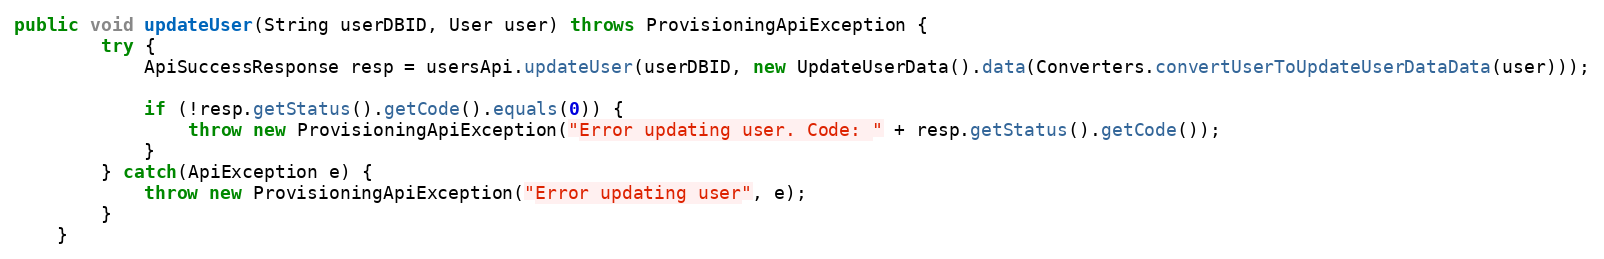
Language: Java
public void updateUser(String userDBID, User user) throws ProvisioningApiException {
		try {
			ApiSuccessResponse resp = usersApi.updateUser(userDBID, new UpdateUserData().data(Converters.convertUserToUpdateUserDataData(user)));

			if (!resp.getStatus().getCode().equals(0)) {
				throw new ProvisioningApiException("Error updating user. Code: " + resp.getStatus().getCode());
			}
        } catch(ApiException e) {
        	throw new ProvisioningApiException("Error updating user", e);
        }
	}